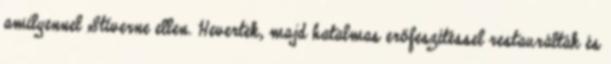
amilyennel Stiverne ellen. Hevertek, majd hatalmas erőfeszítéssel restaurálták és